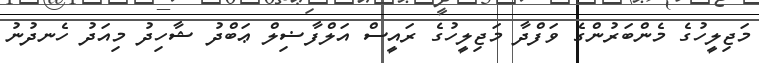
މަޖިލީހުގެ މެންބަރުންގެ ވަފްދާ މަޖިލީހުގެ ރައީސް އަލްފާޟިލް ޢަބްދު ޝާހިދު މިއަދު ހެނދުނު